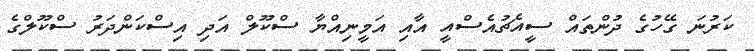
ކަރުނަ ގޭހުގެ ދުންތައް ސީއެޗުއެސްއީ އާއި އަމީނިއްޔާ ސްކޫލް އަދި އިސްކަންދަރު ސްކޫލްގެ